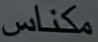
مكنااس